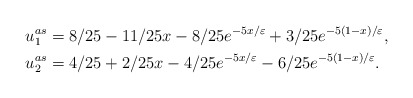
\begin{align*} u_1^{as} &=8/25-11/25x-8/25e^{-5x/\varepsilon}+3/25e^{-5(1-x)/\varepsilon}, \\ u_2^{as} &=4/25+2/25x-4/25e^{-5x/\varepsilon}-6/25e^{-5(1-x)/\varepsilon}. \end{align*}